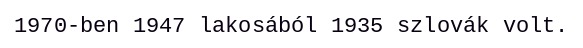
1970-ben 1947 lakosából 1935 szlovák volt.